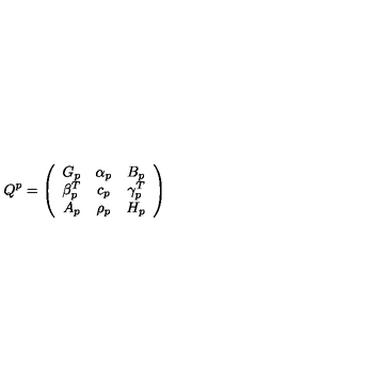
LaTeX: Q ^ { p } = \left( \begin{array} { c c c } { G _ { p } } & { \alpha _ { p } } & { B _ { p } } \\ { \beta _ { p } ^ { T } } & { c _ { p } } & { \gamma _ { p } ^ { T } } \\ { A _ { p } } & { \rho _ { p } } & { H _ { p } } \\ \end{array} \right)